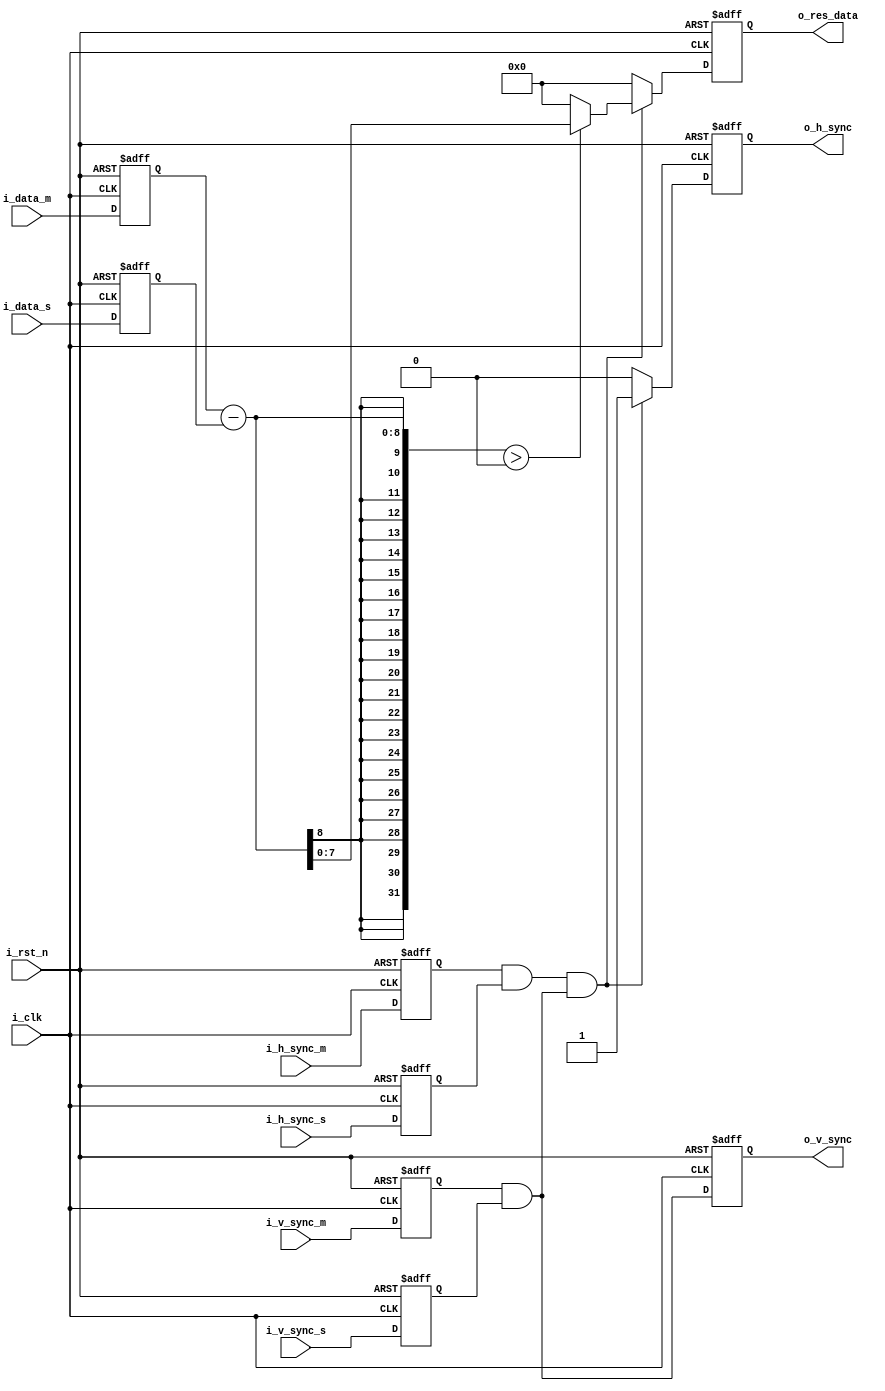
`timescale 1ns / 1ps
//////////////////////////////////////////////////////////////////////////////////
// Company: 
// Engineer: 
// 
// Design Name: 
// Module Name: dual_image_subtraction
// Project Name: 
// Target Devices: 
// Tool Versions: 
// Description: 
// 
// Dependencies: 
// 
// Revision:
// Revision 0.01 - File Created
// Additional Comments:
// 
//////////////////////////////////////////////////////////////////////////////////


module dual_image_subtraction
#(
    parameter                           P_INPUT_DATA_WIDTH   = 8  ,
    parameter                           P_IMG_WIDTH          = 256,
    parameter                           P_IMG_HEIFGHT        = 256,
    parameter                           P_OUTPUT_DATA_WIDTH  = 8  
)
(
    input                               i_clk       ,
    input                               i_rst_n     ,
    input                               i_h_sync_m  ,
    input                               i_v_sync_m  ,
    input   [P_INPUT_DATA_WIDTH-1:0]    i_data_m    ,
    input                               i_h_sync_s  ,
    input                               i_v_sync_s  ,
    input   [P_INPUT_DATA_WIDTH-1:0]    i_data_s    ,

    output                              o_v_sync    ,
    output                              o_h_sync    ,
    output  [P_OUTPUT_DATA_WIDTH-1:0]   o_res_data  
);

//input register
reg                             ri_h_sync_m ;
reg                             ri_v_sync_m ;
reg [P_INPUT_DATA_WIDTH-1:0]    ri_data_m   ;
reg                             ri_h_sync_s ;
reg                             ri_v_sync_s ;
reg [P_INPUT_DATA_WIDTH-1:0]    ri_data_s   ;

//temp register
wire                            w_valid_v_sync;
wire                            w_valid_h_sync;
wire                            w_valid_h   ;

//output register
reg                             ro_v_sync   ;
reg                             ro_h_sync   ;
reg [P_OUTPUT_DATA_WIDTH-1:0]   ro_res_data ;


assign w_valid_v_sync = ri_v_sync_m && ri_v_sync_s;
assign w_valid_h_sync = ri_h_sync_m && ri_h_sync_s;
assign w_valid_h      = w_valid_h_sync && w_valid_v_sync;

assign o_v_sync   = ro_v_sync;
assign o_h_sync   = ro_h_sync;
assign o_res_data = ro_res_data;


always @(posedge i_clk or negedge i_rst_n) begin
    if(!i_rst_n)begin
        ri_h_sync_m <= 1'd0 ;
        ri_v_sync_m <= 1'd0 ;
        ri_data_m   <= 'd0  ;
        ri_h_sync_s <= 1'd0 ;
        ri_v_sync_s <= 1'd0 ;
        ri_data_s   <= 'd0  ;
    end else begin
        ri_h_sync_m <= i_h_sync_m;
        ri_v_sync_m <= i_v_sync_m;
        ri_data_m   <= i_data_m  ;
        ri_h_sync_s <= i_h_sync_s;
        ri_v_sync_s <= i_v_sync_s;
        ri_data_s   <= i_data_s  ;
    end
end

always @(posedge i_clk or negedge i_rst_n) begin
    if(!i_rst_n)
        ro_v_sync <= 1'd0;
    else

        ro_v_sync <= w_valid_v_sync;
end

always @(posedge i_clk or negedge i_rst_n) begin
    if(!i_rst_n)
        ro_h_sync <= 1'd0;
    else if(w_valid_h)
        ro_h_sync <= 1'd1;
    else
        ro_h_sync <= 1'd0;
end

always @(posedge i_clk or negedge i_rst_n) begin
    if(!i_rst_n)
        ro_res_data <= 'd0;
    else if(w_valid_h)
        ro_res_data <= (ri_data_m - ri_data_s)>0?(ri_data_m - ri_data_s):0 ;////LUT
    else
        ro_res_data <= 'd0;
end

endmodule